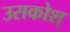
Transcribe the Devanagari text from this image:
उसकोश्